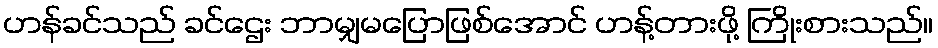
ဟန်ခင်သည် ခင်ဌေး ဘာမျှမပြောဖြစ်အောင် ဟန့်တားဖို့ ကြိုးစားသည်။